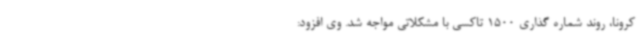
کرونا، روند شماره گذاری 1500 تاکسی با مشکلاتی مواجه شد. وی افزود:‌